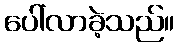
ပေါ်လာခဲ့သည်။